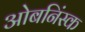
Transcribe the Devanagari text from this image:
ओबनिंस्क